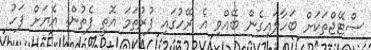
ސްޓޭޖްތަކަށް ބަހާލައިގެން ބޭއްވި އެ ރޭހުގައި ފުރުތަމަ އޮތީ ފެތުން. އެޔަށް ފަހު